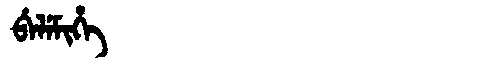
Manchu: ᠪᡝᠯᡝᠮᡳᡥᡝ
Romanization: BELEMIHE